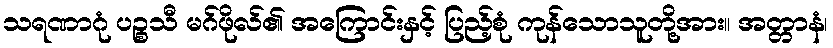
သရဏာဂုံ ပဉ္စသီ မဂ်ဖိုလ်၏ အကြောင်းနှင့် ပြည့်စုံ ကုန်သောသူတို့အား။ အတ္တာနံ၊